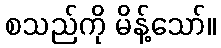
စသည်ကို မိန့်သော်။